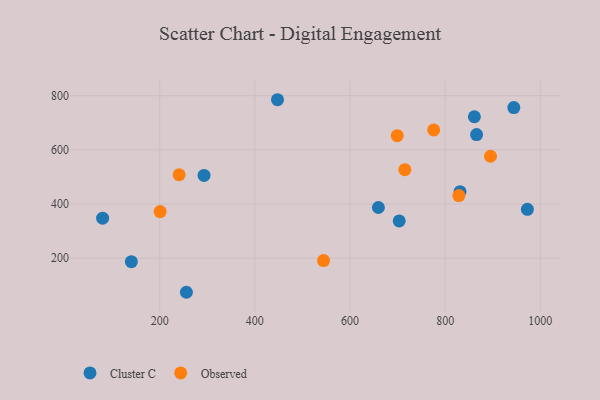
{"axis": {"x": "Study Hours", "y": "Fuel Efficiency"}, "legend": ["Cluster C", "Observed"], "data": [{"x": "703.5", "y": 337.8, "type": "Cluster C"}, {"x": "866.1", "y": 656.4, "type": "Cluster C"}, {"x": "972.9", "y": 380.6, "type": "Cluster C"}, {"x": "80.0", "y": 348.0, "type": "Cluster C"}, {"x": "447.6", "y": 785.1, "type": "Cluster C"}, {"x": "140.4", "y": 187.3, "type": "Cluster C"}, {"x": "659.7", "y": 387.3, "type": "Cluster C"}, {"x": "831.3", "y": 445.5, "type": "Cluster C"}, {"x": "944.4", "y": 756.0, "type": "Cluster C"}, {"x": "861.5", "y": 722.3, "type": "Cluster C"}, {"x": "293.2", "y": 505.5, "type": "Cluster C"}, {"x": "256.1", "y": 74.3, "type": "Cluster C"}, {"x": "200.9", "y": 372.1, "type": "Observed"}, {"x": "715.3", "y": 526.7, "type": "Observed"}, {"x": "699.3", "y": 652.4, "type": "Observed"}, {"x": "776.0", "y": 673.8, "type": "Observed"}, {"x": "828.9", "y": 431.1, "type": "Observed"}, {"x": "544.4", "y": 191.4, "type": "Observed"}, {"x": "895.4", "y": 576.4, "type": "Observed"}, {"x": "240.8", "y": 508.2, "type": "Observed"}]}